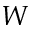
W